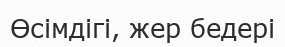
Өсімдігі, жер бедері